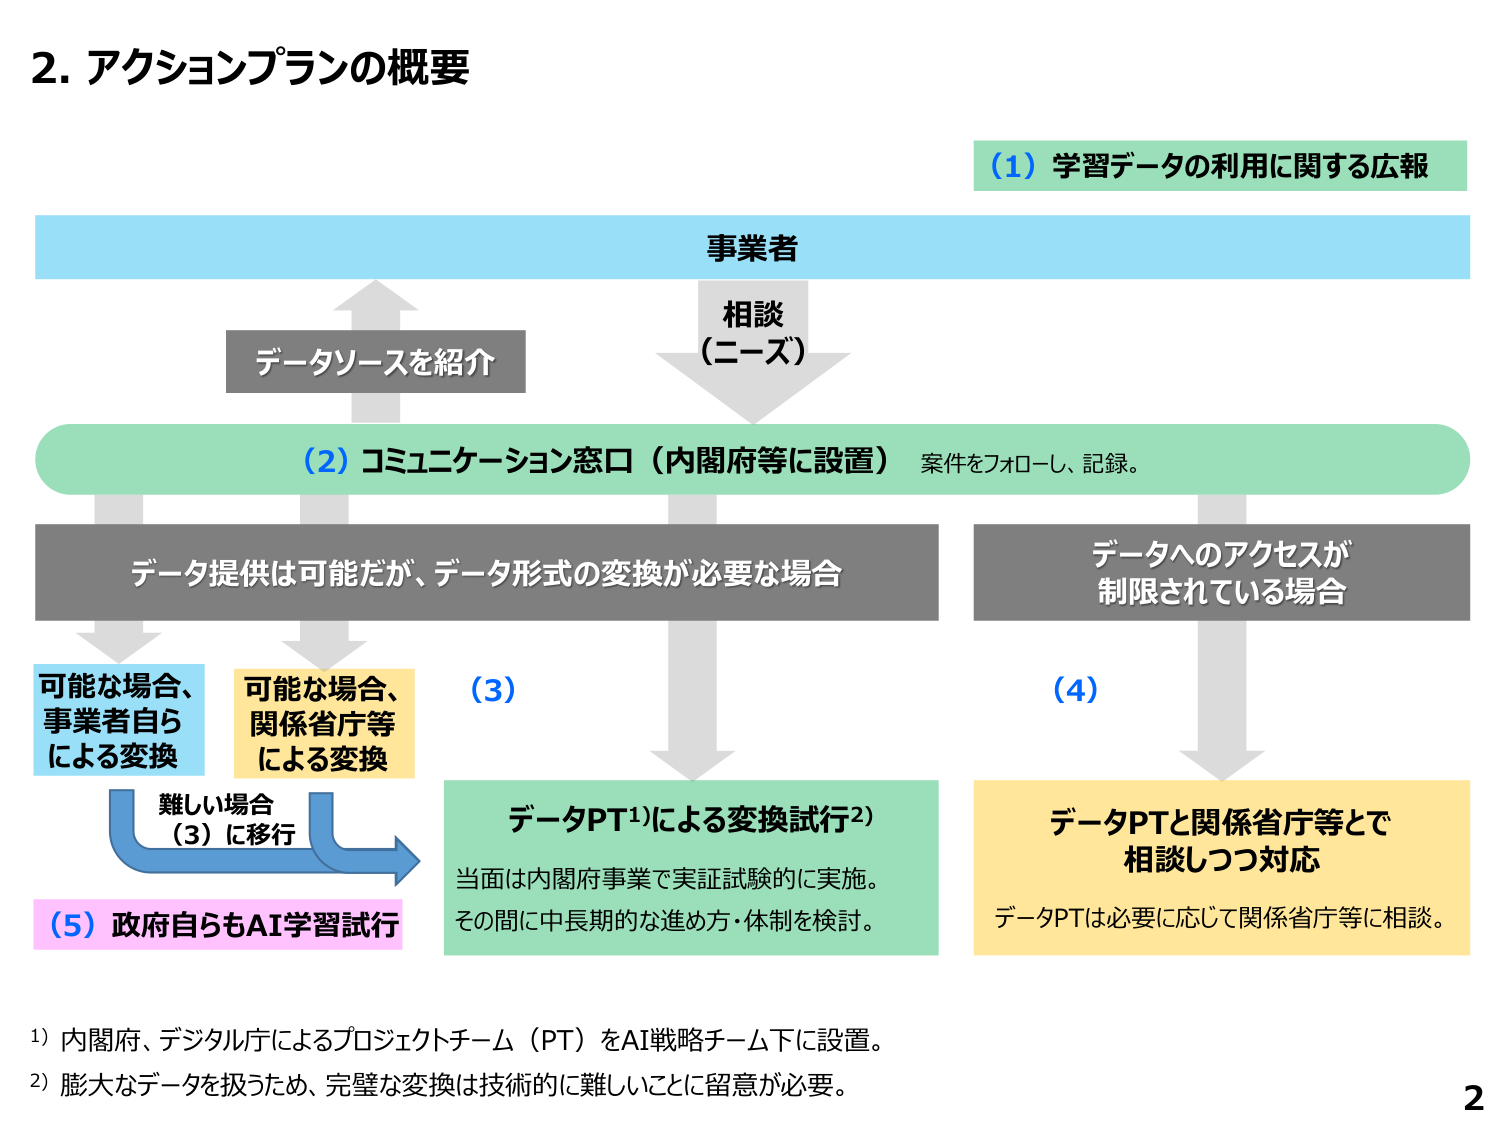
2. アクションプランの概要

(1) 学習データの利用に関する広報

事業者
相談
(ニーズ)

データソースを紹介

(2) コミュニケーション窓口（内閣府等に設置） 案件をフォローし、記録。

データ提供は可能だが、データ形式の変換が必要な場合

データへのアクセスが
制限されている場合

可能な場合、
事業者自ら
による変換

可能な場合、
関係省庁等
による変換

(3)

難しい場合
(3) に移行

(5) 政府自らもAI学習試行

データPT¹⁾による変換試行²⁾
当面は内閣府事業で実証試験的に実施。
その間に中長期的な進め方・体制を検討。

(4)

データPTと関係省庁等とで
相談しつつ対応
データPTは必要に応じて関係省庁等に相談。

¹⁾ 内閣府、デジタル庁によるプロジェクトチーム（PT）をAI戦略チーム下に設置。
²⁾ 膨大なデータを扱うため、完璧な変換は技術的に難しいことに留意が必要。

2